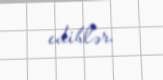
ediblər.